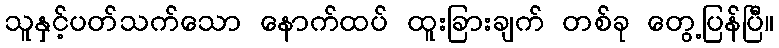
သူနှင့်ပတ်သက်သော နောက်ထပ် ထူးခြားချက် တစ်ခု တွေ့ပြန်ပြီ။